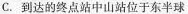
C. 到达的终点站中山站位于东半球